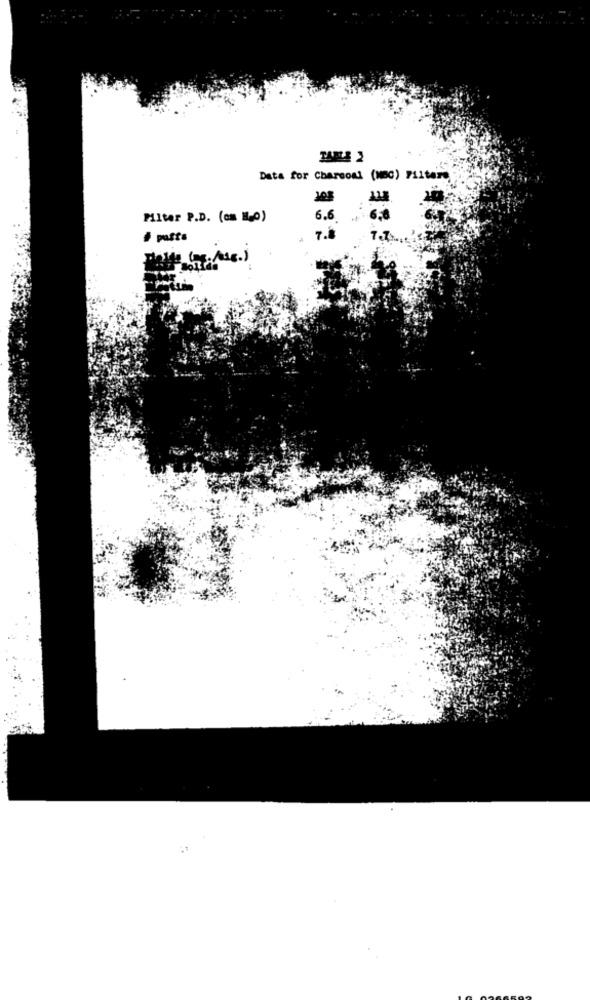
TABLE 2
Data for Charcoal (MBC) F11tare
Filter P.D. (cm H.O)
6.6
. 6.0
# pasta
7.8